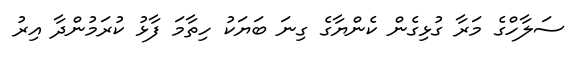
ސަލާހްގެ މަރާ ގުޅިގެން ކެންޔާގެ ގިނަ ބަޔަކު ހިތާމަ ފާޅު ކުރަމުންދާ އިރު